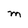
Character: M